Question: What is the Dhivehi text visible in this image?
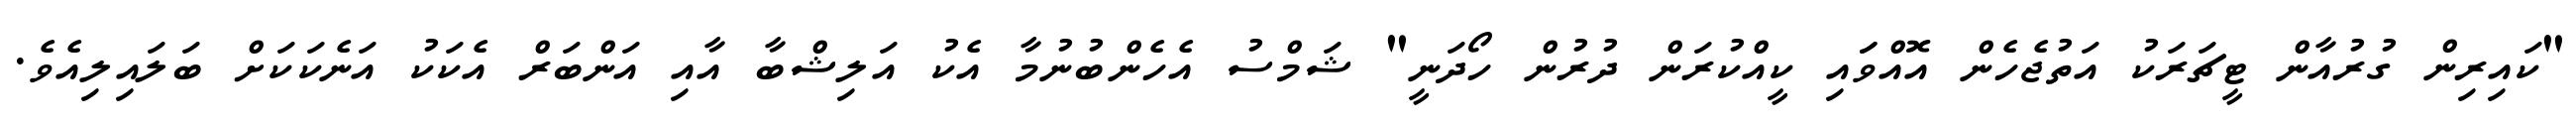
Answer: "ކައިރިން ގުރުއާން ޓީޗަރަކު އަތުޖެހެން އޮއްވަައި ކީއްކުރަން ދުރުން ހޯދަނީ" ޝަމްސު އެހެންބުނުމާ އެކު އަލިޝްބާ އާއި އަންބަރް އެކަކު އަނެކަކަށް ބަލައިލިއެވެ.